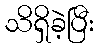
သိရှိခဲ့ပြီး